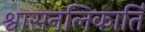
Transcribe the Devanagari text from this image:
श्वासनलिकार्ति